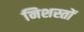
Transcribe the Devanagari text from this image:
निशस्तों